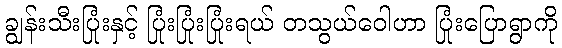
ချွန်းသီးပြုံးနှင့် ပြုံးပြုံးပြုံးရယ် တသွယ်ဝေါဟာ ပြုံးပြောရွာကို